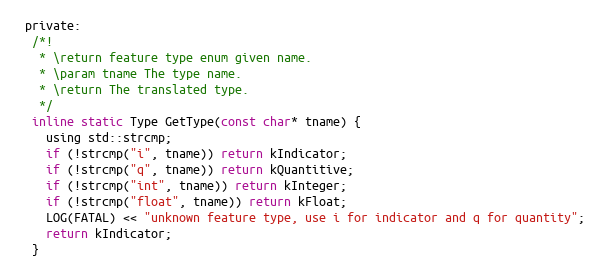
Language: C
 private:
  /*!
   * \return feature type enum given name.
   * \param tname The type name.
   * \return The translated type.
   */
  inline static Type GetType(const char* tname) {
    using std::strcmp;
    if (!strcmp("i", tname)) return kIndicator;
    if (!strcmp("q", tname)) return kQuantitive;
    if (!strcmp("int", tname)) return kInteger;
    if (!strcmp("float", tname)) return kFloat;
    LOG(FATAL) << "unknown feature type, use i for indicator and q for quantity";
    return kIndicator;
  }